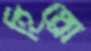
হিথ্রো